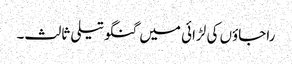
راجاؤں کی لڑائی میں گنگوتیلی ثالث۔